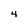
Character: 4